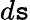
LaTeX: d\mathtt{s}